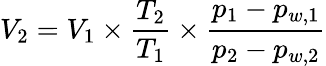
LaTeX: V_{2}=V_{1}\times{\frac{T_{2}}{T_{1}}}\times{\frac{p_{1}-p_{w,1}}{p_{2}-p_{w,2}}}